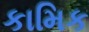
કામિક